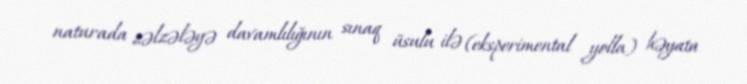
naturada zəlzələyə davamlılığının sınaq üsulu ilə (eksperimental yolla) həyata